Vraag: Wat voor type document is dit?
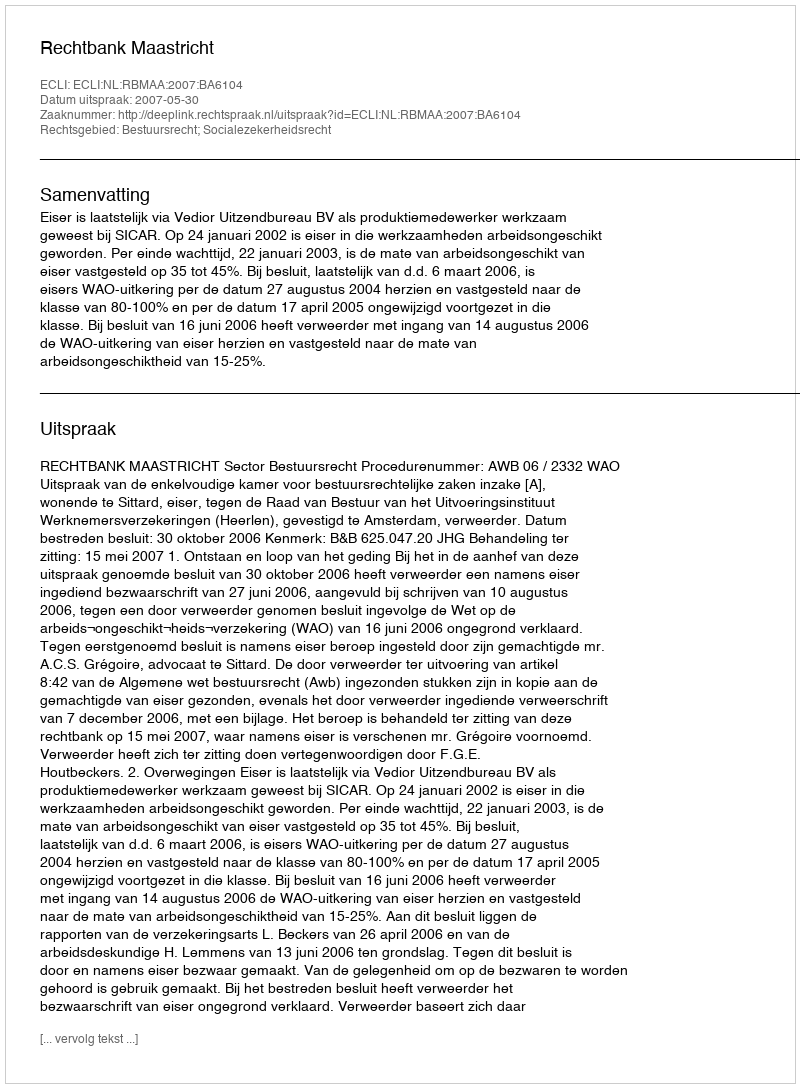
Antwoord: Uitspraak